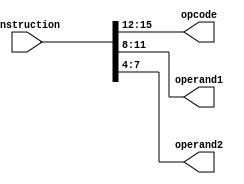
module Decode (
    input wire [15:0] instruction,
    output reg [3:0] opcode,
    output reg [3:0] operand1,
    output reg [3:0] operand2
);

always @(*) begin
    opcode = instruction[15:12];
    operand1 = instruction[11:8];
    operand2 = instruction[7:4];
end

endmodule